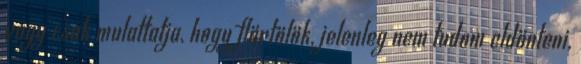
vagy csak mulattatja, hogy flörtölök, jelenleg nem tudom eldönteni,